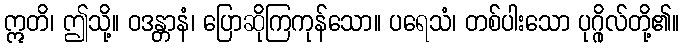
ဣတိ၊ ဤသို့။ ဝဒန္တာနံ၊ ပြောဆိုကြကုန်သော။ ပရေသံ၊ တစ်ပါးသော ပုဂ္ဂိုလ်တို့၏။